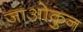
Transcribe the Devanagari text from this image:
जाओकुन